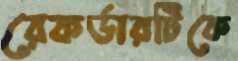
রেকর্ডারটিকে